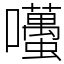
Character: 囆